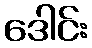
ဒေါင်း